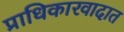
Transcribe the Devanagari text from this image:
प्राधिकारवादात